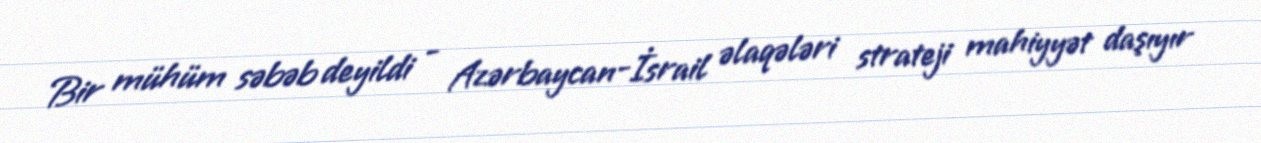
Bir mühüm səbəb deyildi - Azərbaycan-İsrail əlaqələri strateji mahiyyət daşıyır